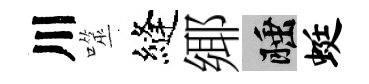
川噬縫鄊睡蜓